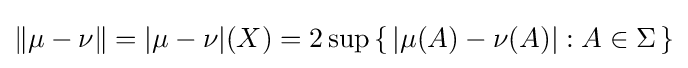
\|\mu -\nu \|=|\mu -\nu |(X)=2\sup \left\{\,\left|\mu (A)-\nu (A)\right|:A\in \Sigma \,\right\}